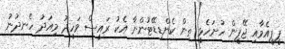
ޕީޕީއެމާއި ޖޭޕީން ހުށަހެޅީ ތިން ކެންޑިޑޭޓުންނާ އެކު ރައީސް ވަހީދު މިއަދު ހެނދުނު